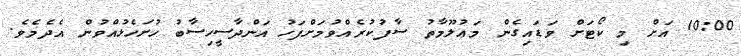
10:00 އަށް މި ކޯޓަށް ވަޑައިގެން މަޢުލޫމާތު ސާފުކުރެއްވުމަށްފަހު އަންދާސީހިސާބު ހުށަހެޅުއްވުން އެދެމެވެ.